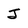
Character: J